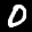
Label: 0